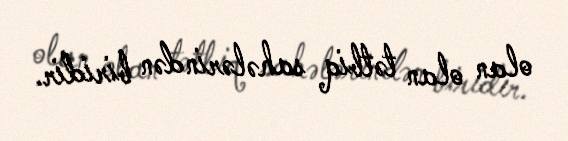
olan olan tətbiq sahələrindən biridir.